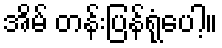
အိမ် တန်းပြန်ရုံပေါ့။